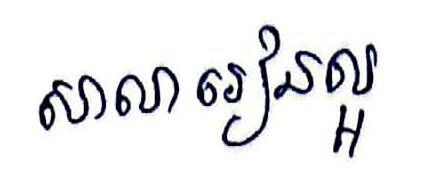
សាលារៀនល្អ